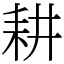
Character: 耕